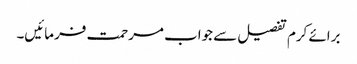
برائے کرم تفصیل سے جواب مرحمت فرمائیں۔